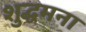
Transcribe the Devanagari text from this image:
शुद्धमना